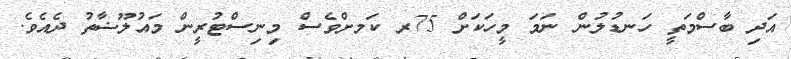
އަދި ބާސްމަތީ ހަނޑުލުން ނަމަ މީހަކަށް 75ރ ކަަމށްވެސް މިނިސްޓުރީން މައުލޫޟާތު ދެއެވެ.